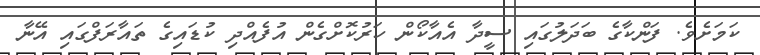
ކަމަށެވެ. ފަންކާގެ ބަދަލުގަައި ސީދާ އެއާކޯން ހަރުކޮށްގެން އުފެއްދި ކުޑައިގެ ތައާރަފްގައި އޭނާ